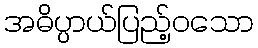
အဓိပ္ပာယ်ပြည့်ဝသော